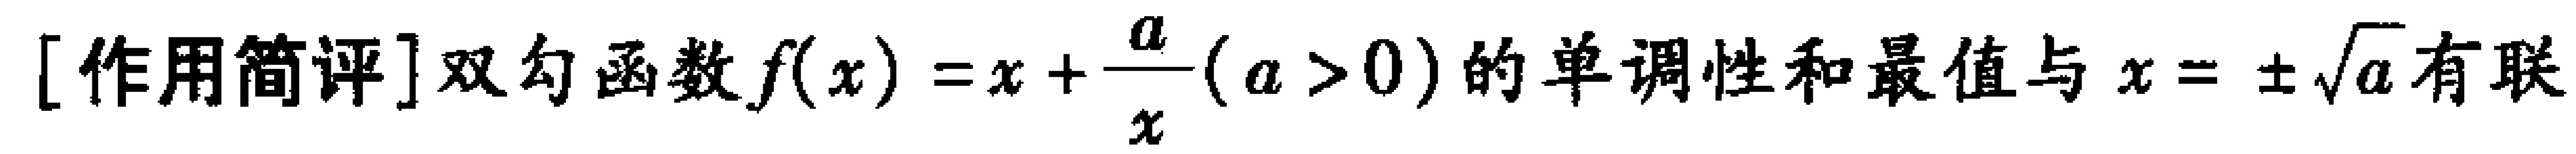
[作用简评]双勾函数\(f(x)=x+\frac{a}{x}(a > 0)\)的单调性和最值与\(x = \pm\sqrt{a}\)有联